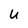
Character: u